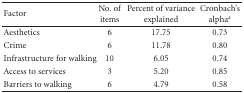
<table><thead><tr><td><b>Factor</b></td><td><b>No. of items</b></td><td><b>Percent of variance explained</b></td><td><b>Cronbach&#x27;s alpha<sup>a</sup></b></td></tr></thead><tbody><tr><td>Aesthetics</td><td>6</td><td>17.75</td><td>0.73</td></tr><tr><td>Crime</td><td>6</td><td>11.78</td><td>0.80</td></tr><tr><td>Infrastructure for walking</td><td>10</td><td>6.05</td><td>0.74</td></tr><tr><td>Access to services</td><td>3</td><td>5.20</td><td>0.85</td></tr><tr><td>Barriers to walking</td><td>6</td><td>4.79</td><td>0.58</td></tr></tbody></table>